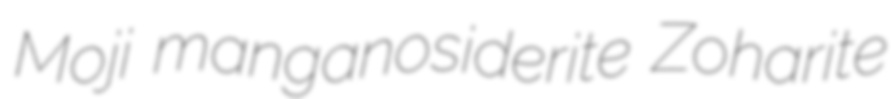
Moji manganosiderite Zoharite